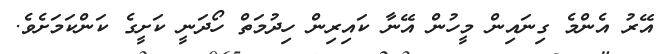
އޭރު އެންމެ ގިނައިން މީހުން އޭނާ ކައިރިން ހިދުމަތް ހޯދަނީ ކަށީގެ ކަންކަމަށެވެ.